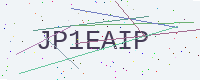
Text: JP1EAIP